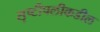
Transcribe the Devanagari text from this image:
सृष्टीपलीकडील